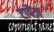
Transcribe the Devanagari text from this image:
टापैज़